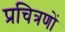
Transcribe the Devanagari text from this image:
प्रचित्रणों